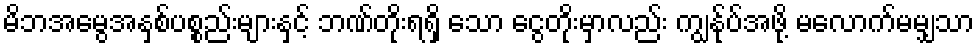
မိဘအမွေအနှစ်ပစ္စည်းများနှင့် ဘဏ်တိုးရရှိ သော ငွေတိုးမှာလည်း ကျွန်ုပ်အဖို့ မလောက်မမျှသာ